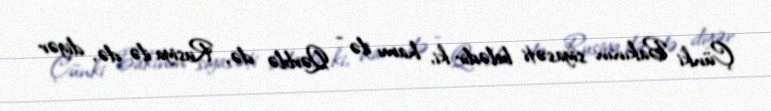
Çünki Bakının siyasəti belədir ki, hamı ilə - Qərblə də, Rusiya ilə də, digər